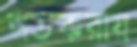
শতকরায়